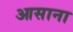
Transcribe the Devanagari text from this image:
आसाना